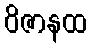
ဝိဇာနထ